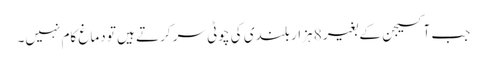
جب آکسیجن کے بغیر 8 ہزار بلندی کی چوٹی سر کرتے ہیں تو دماغ کام نہیں۔